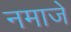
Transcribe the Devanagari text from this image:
नमाजे